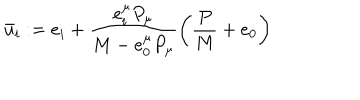
\bar { u } _ { i } : = e _ { i } + \frac { e _ { i } ^ { \mu } P _ { \mu } } { M - e _ { 0 } ^ { \mu } P _ { \mu } } \left( \frac { P } { M } + e _ { 0 } \right)